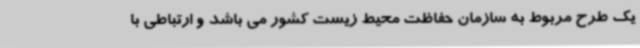
یک طرح مربوط به سازمان حفاظت محیط زیست کشور می باشد و ارتباطی با